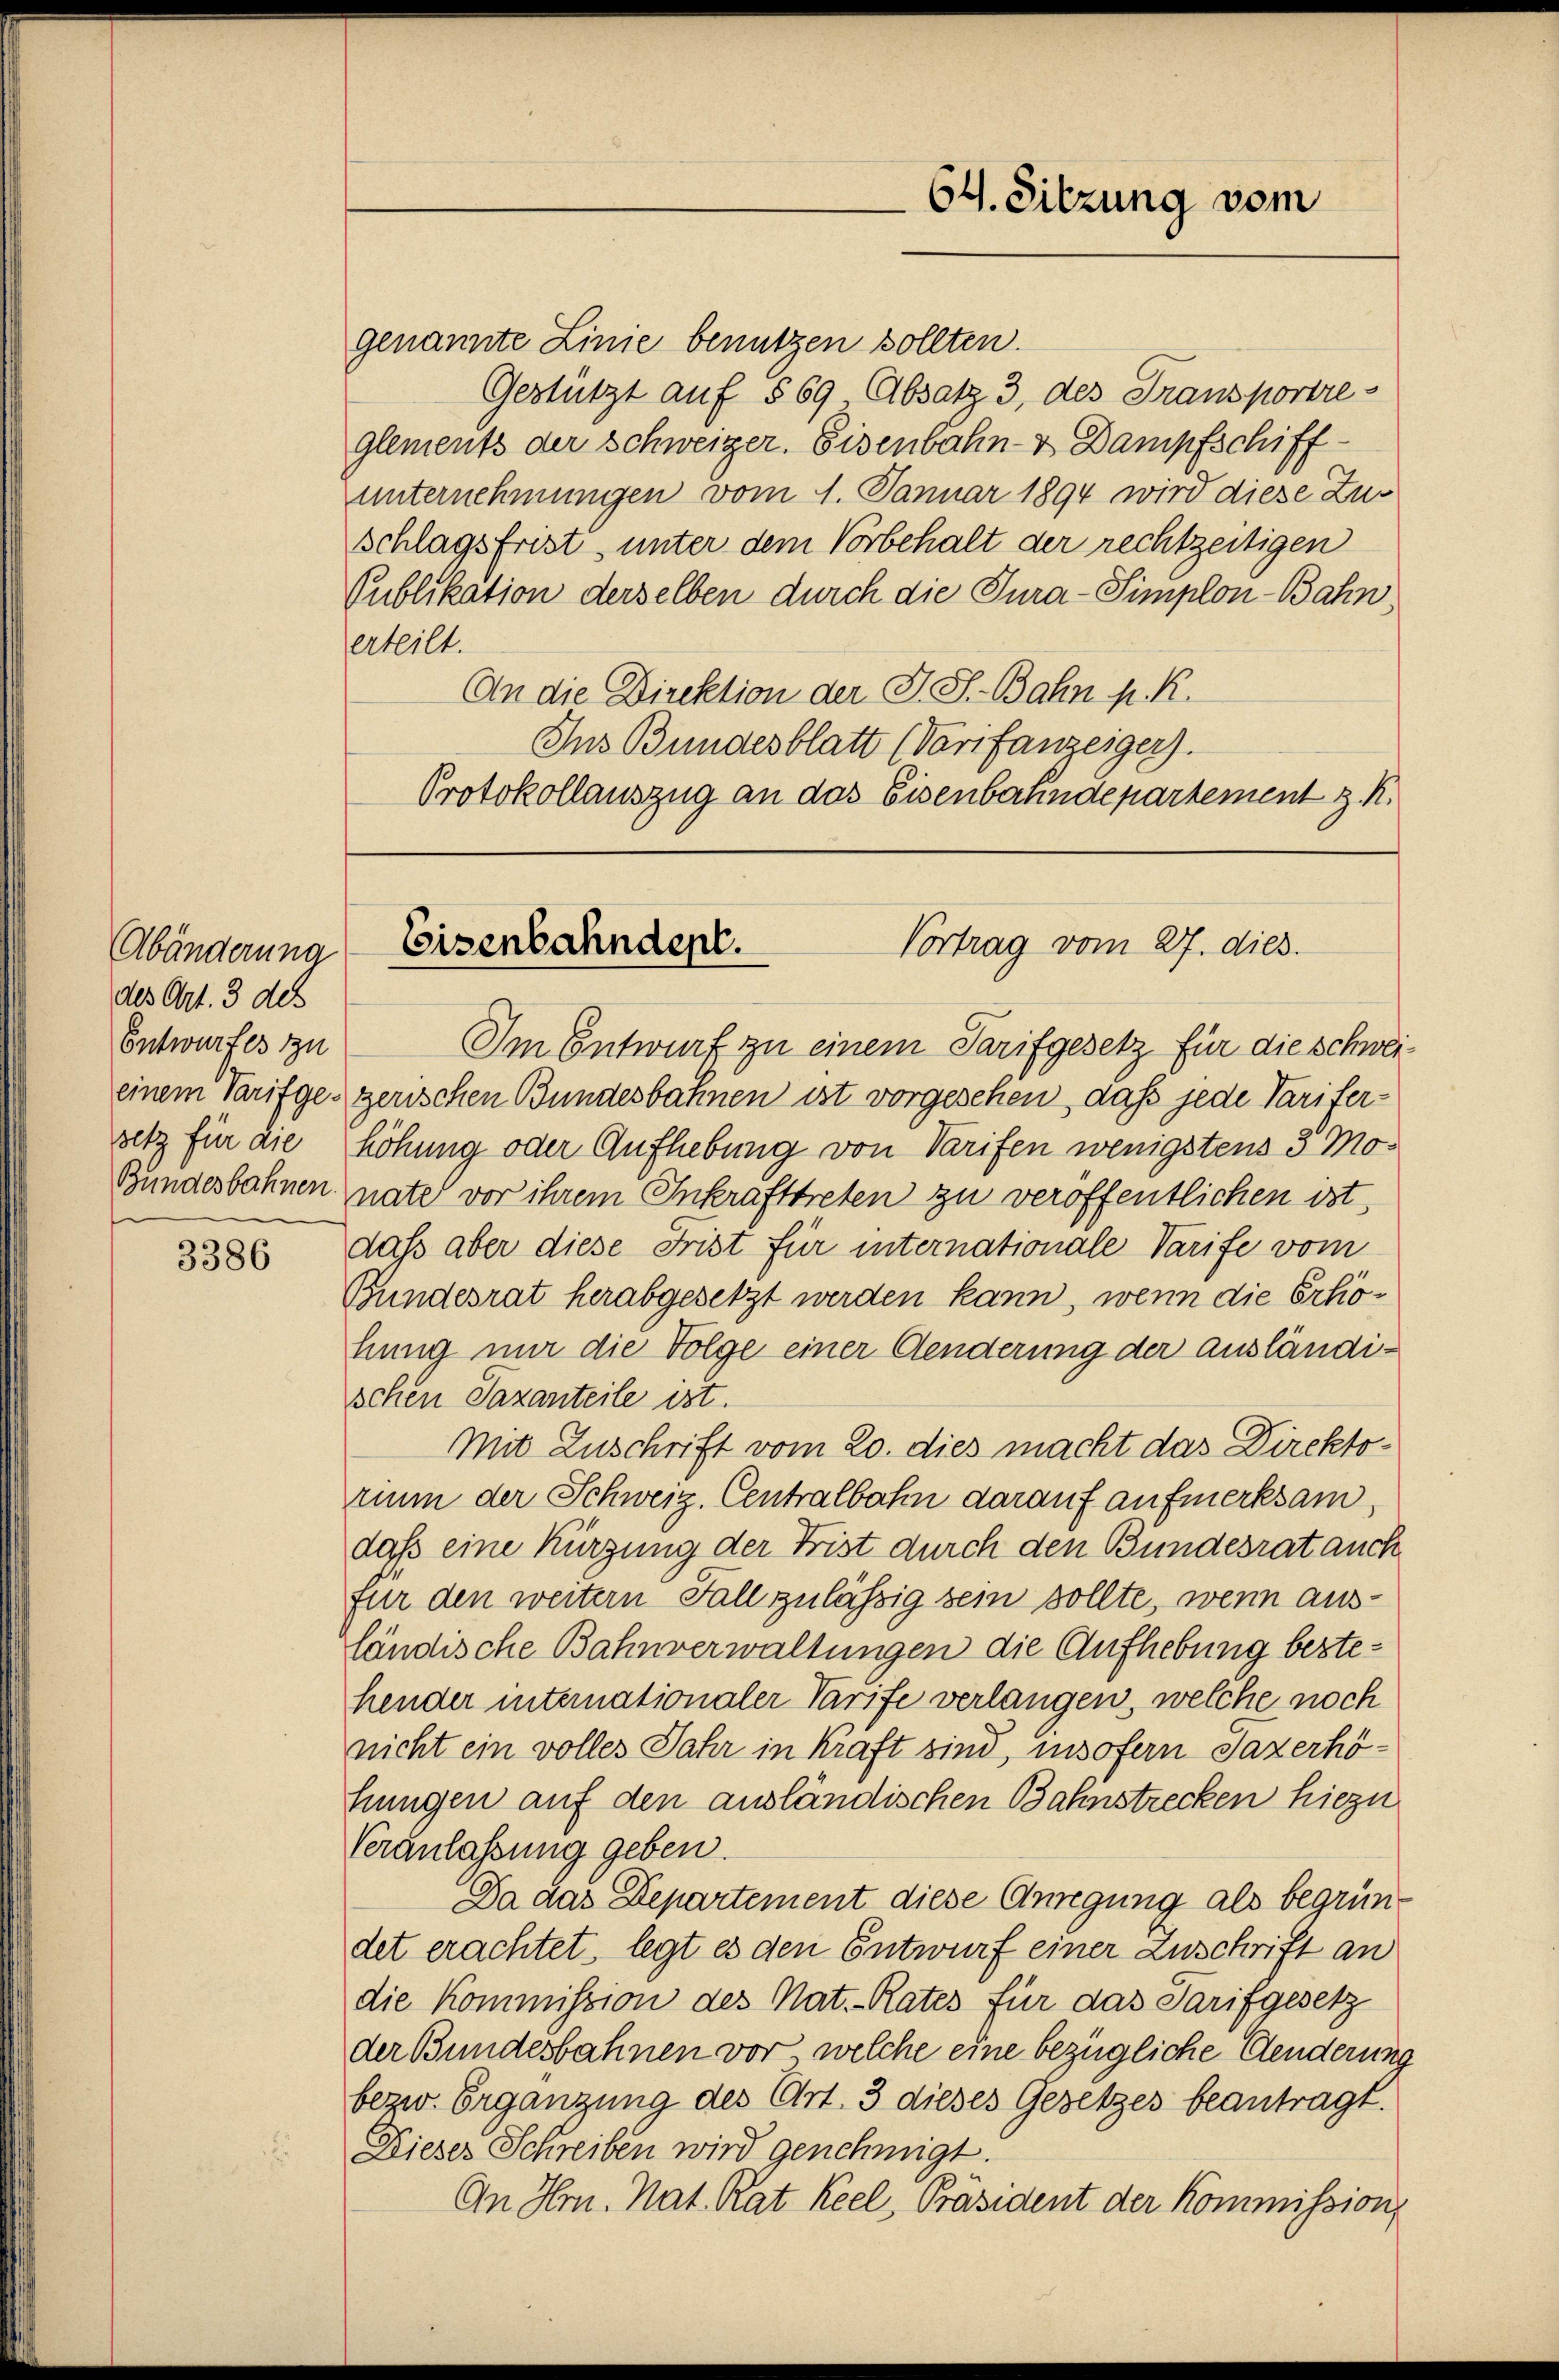
Abänderung
des Art. 3 de
Entwurfes zu
setz für die

3386

64. Sitzung vom

genannte Linie benutzen sollten.
Gestützt auf § 69 Absatz 3, des Transportre-
glements der Schweizer. Eisenbahn- & Dampfschiff-
unternehmungen vom 1. Januar 1894 wird diese Zus
schlagsfrist, unter dem Vorbehalt der rechtzeitigen
Publikation derselben durch die Tura-Simplon-Bahn
erteilt.
An die Direktion der J. S. Bahn p. R.
Ins Bundesblatt (Varifanzeiger).
Protokollauszug an das Eisenbahndepartement z. R.

Eisenbahndept.
Vortrag vom 27. dies

Im Entwurf zu einem Tarifgesetz für die Schweieinem Tarifgeszerischen Bundesbahnen ist vorgesehen, daß jede Tariferhöhung oder Aufhebung von Tarifen wenigstens 3 Mo¬
Bundesbahnen nate vor ihrem Inkrafttreten zu veröffentlichen ist,
daß aber diese Frist für internationale Tarife vom
Bundesrat herabgesetzt werden kann, wenn die Erhöhung nur die Folge einer Aenderung der ausländischen Taxanteile ist.
Mit Zuschrift vom 20. dies macht das Direktorium der Schweiz. Centralbahn darauf aufmerksam,
daß eine Kürzung der Frist durch den Bundesrat auch
für den weitern Fall zulässig sein sollte, wenn ausländische Bahnverwaltungen die Aufhebung bestehender internationaler Tarife verlangen, welche noch
nicht ein volles Jahr in Kraft sind, insofern Saxerhöfungen auf den ausländischen Bahnstrecken hiezu
Veranlassung geben.
Da das Departement diese Anregung als begründet erachtet, legt es den Entwurf einer Zuschrift an
die Kommission des Nat.-Rates für das Tarif gesetz
der Bundesbahnen vor, welche eine bezügliche Aenderung
bezw. Ergänzung des Art. 3 dieses Gesetzes beantragt.
Dieses Schreiben wird genehmigt.
An Hrn. Nat. Rat Keel, Präsident der Kommission,